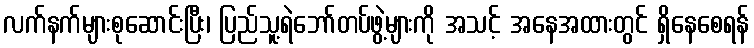
လက်နက်များစုဆောင်းပြီး၊ ပြည်သူ့ရဲဘော်တပ်ဖွဲ့များကို အသင့် အနေအထားတွင် ရှိနေစေရန်